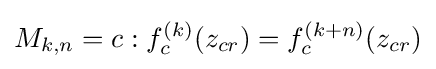
M_{k,n}=c:f_{c}^{(k)}(z_{cr})=f_{c}^{(k+n)}(z_{cr})